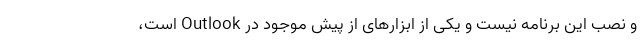
و نصب این برنامه نیست و یکی از ابزارهای از پیش موجود در Outlook است،